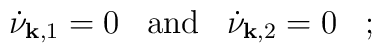
\dot\nu_{{\bf k},1}=0\;\;\;{\rm and}\;\;\;\dot\nu_{{\bf k},2}=0\;\;\;;